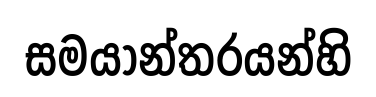
සමයාන්තරයන්හි